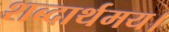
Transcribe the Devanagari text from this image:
शब्दार्थमय।